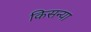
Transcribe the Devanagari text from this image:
किसन्या